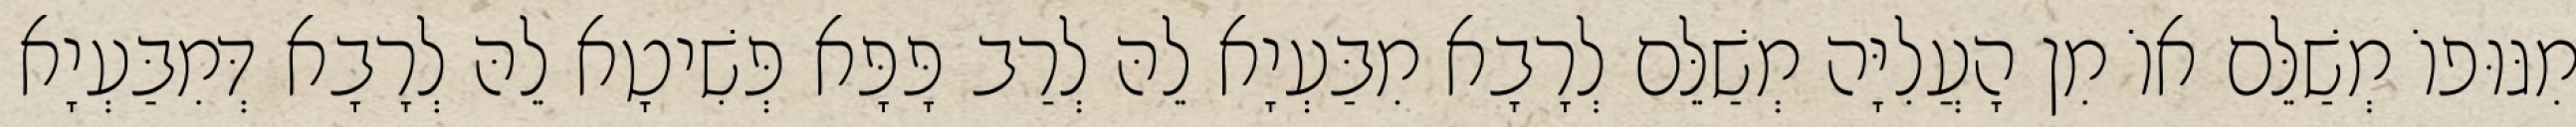
מִגּוּפוֹ מְשַׁלֵּם אוֹ מִן הָעֲלִיָּה מְשַׁלֵּם לְרָבָא מִבַּעְיָא לֵהּ לְרַב פָּפָּא פְּשִׁיטָא לֵהּ לְרָבָא דְּמִבַּעְיָא